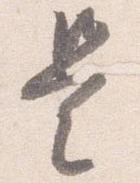
是